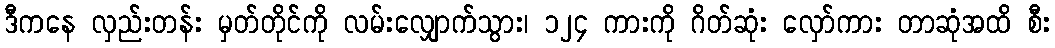
ဒီကနေ လှည်းတန်း မှတ်တိုင်ကို လမ်းလျှောက်သွား၊ ၁၂၄ ကားကို ဂိတ်ဆုံး လှော်ကား တာဆုံအထိ စီး